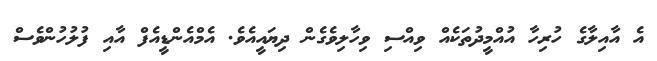
އެ އާއިލާގެ ހުރިހާ އުއްމީދުތަކެއް ވިއްސި ވިހާލިވެގެން ދިޔައީއެެވެ. އެމްއެންޑީއެފް އާއި ފުލުހުންވެސް